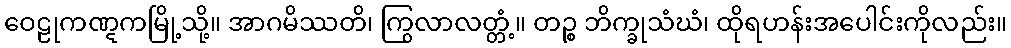
ဝေဠုကဏ္ဋကမြို့သို့။ အာဂမိဿတိ၊ ကြွလာလတ္တံ့။ တဉ္စ ဘိက္ခုသံဃံ၊ ထိုရဟန်းအပေါင်းကိုလည်း။